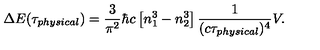
\Delta E ( \tau _ { \small p h y s i c a l } ) = { \frac { 3 } { \pi ^ { 2 } } } \hbar c \left[ n _ { 1 } ^ { 3 } - n _ { 2 } ^ { 3 } \right] { \frac { 1 } { ( c \tau _ { \small p h y s i c a l } ) ^ { 4 } } } V .